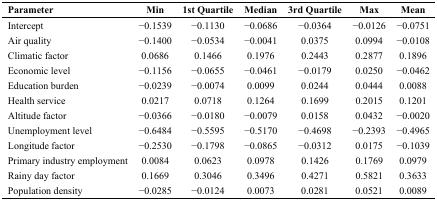
| Parameter | Min | 1st Quartile | Median | 3rd Quartile | Max | Mean |
 | --- | --- | --- | --- | --- | --- | --- |
 | Intercept | −0.1539 | −0.1130 | −0.0686 | −0.0364 | −0.0126 | −0.0751 |
 | Air quality | −0.1400 | −0.0534 | −0.0041 | 0.0375 | 0.0994 | −0.0108 |
 | Climatic factor | 0.0686 | 0.1466 | 0.1976 | 0.2443 | 0.2877 | 0.1896 |
 | Economic level | −0.1156 | −0.0655 | −0.0461 | −0.0179 | 0.0250 | −0.0462 |
 | Education burden | −0.0239 | −0.0074 | 0.0099 | 0.0244 | 0.0444 | 0.0088 |
 | Health service | 0.0217 | 0.0718 | 0.1264 | 0.1699 | 0.2015 | 0.1201 |
 | Altitude factor | −0.0366 | −0.0180 | −0.0079 | 0.0158 | 0.0432 | −0.0020 |
 | Unemployment level | −0.6484 | −0.5595 | −0.5170 | −0.4698 | −0.2393 | −0.4965 |
 | Longitude factor | −0.2530 | −0.1798 | −0.0865 | −0.0312 | 0.0175 | −0.1039 |
 | Primary industry employment | 0.0084 | 0.0623 | 0.0978 | 0.1426 | 0.1769 | 0.0979 |
 | Rainy day factor | 0.1669 | 0.3046 | 0.3496 | 0.4271 | 0.5821 | 0.3633 |
 | Population density | −0.0285 | −0.0124 | 0.0073 | 0.0281 | 0.0521 | 0.0089 |